Annual report of the Punjab Veterinary College and of the Civil Veterinary Department, Punjab - 1920-1925
Year: 1920
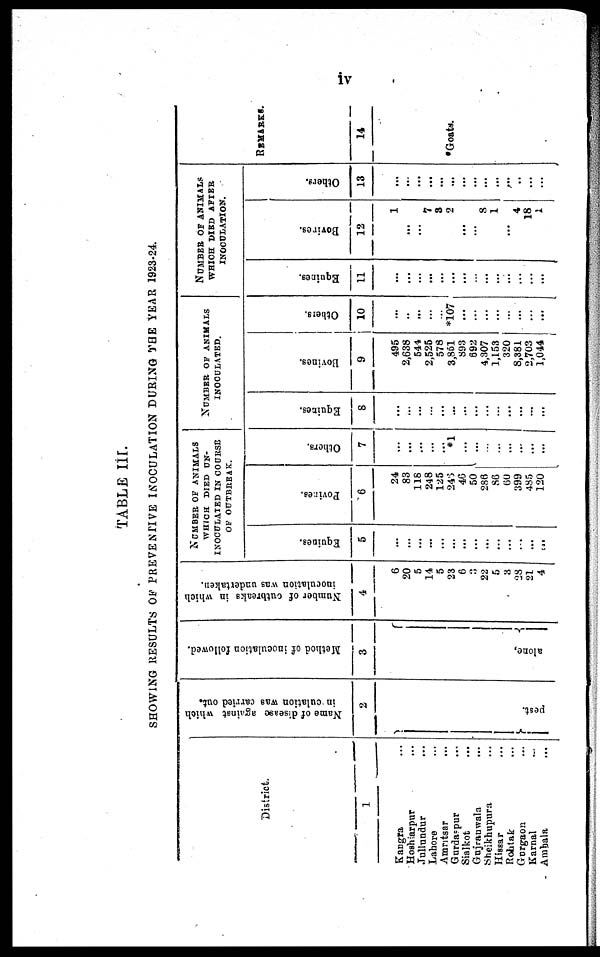
iv
TABLE III.
SHOWING RESULTS OF PREVENTIVE INOCULATION DURING THE YEAR 1923-24
District.
1
Kangra ...
Hoshiarpur ...
Jullundur ...
Lahore ...
Amritsar ...
Gurdaspur ...
Sialkot ...
Gujranwala ...
Sheikhupura ...
Hissar ...
Rohtak ...
Gurgaon ...
Karnal ...
Ambala ...
Name of disease against which
in culation was carried out.
2
pest.
Method of inoculation followed.
3
alone,
Number of outbreaks in which
inoculation was undertaken.
4
6
20
5
14
5
23
6
3
22
5
3
28
21
4
NUMBER OF ANIMALS
WHICH DIED UN-
INOCULATED IN COURSE
OF OUTBREAK.
Equines.
5
...
...
...
...
...
...
...
...
...
...
...
...
...
...
Povines.
6
24
83
118
248
125
248
46
50
286
86
60
399
485
120
Others.
7
...
...
...
...
*1
...
...
...
...
...
...
... ...
NUMBER OF ANIMALS
INOCULATED.
Equines.
8
...
...
...
..
...
...
...
...
...
...
...
...
...
...
Bovines.
9
495
2,638
544
2,525
578
3,861
893
692
4,307
1,153
320
8,381
2,703
1,044
Others.
10
...
..
...
*107
...
...
...
...
...
...
...
...
NUMBER OF ANIMALS
WHICH DIES AFTER
INOCULATION.
Equines.
11
...
...
...
...
...
...
...
...
...
...
...
...
...
...
Bovires.
12
1
...
...
7
3
2
...
...
8
1
...
4
18
1
Others.
13
...
...
...
...
...
...
...
...
...
...
...
..
...
...
REMARKS.
14
*Goats.